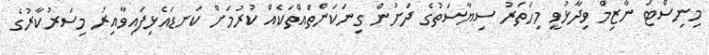
މިނިސްޓަ ނާޒިމް ވިދާޅުވީ މިހަތަރު ސިޔާސަތުގެ ދަށުން ގިނަކަންތައްތަކެއް ކުރުމަށް ކަނޑައެޅިފައިވާއިރު މިސަރުކާރުގެ